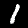
Digit: 1